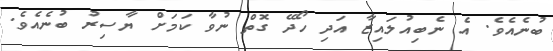
ބުނެއެވެ. އެ ނެބިއުލައިޒާ އަދި ހޯދޭ ގޮތް ނުވާ ކަމަށް ޔާސިރު ބުނެއެވެ.